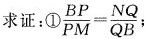
求证：① $$\frac{BP}{PM}= \frac{NQ}{QB}$$ ；